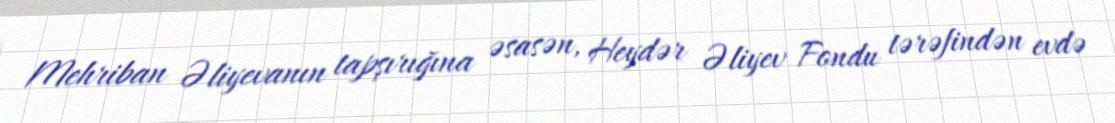
Mehriban Əliyevanın tapşırığına əsasən, Heydər Əliyev Fondu tərəfindən evdə